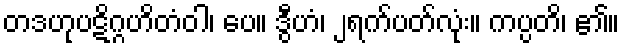
တဒဟုပဋိဂ္ဂဟိတံဝါ၊ ပေ။ ဒွီဟံ၊ ၂ရက်ပတ်လုံး။ ကပ္ပတိ၊ ၏။